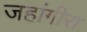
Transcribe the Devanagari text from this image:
जहांगीरा